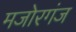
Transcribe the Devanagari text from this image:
मजोरगंज